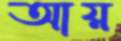
আয়